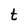
Character: t